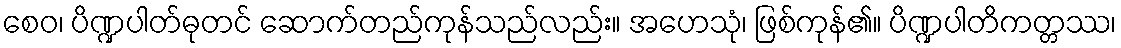
စေဝ၊ ပိဏ္ဍပါတ်ဓုတင် ဆောက်တည်ကုန်သည်လည်း။ အဟေသုံ၊ ဖြစ်ကုန်၏။ ပိဏ္ဍပါတိကတ္တဿ၊